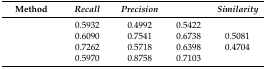
<table><thead><tr><td><b>Method</b></td><td><b><i>Recall</i></b></td><td><b><i>Precision</i></b></td><td>[EMPTY_CELL]</td><td><b><i>Similarity</i></b></td></tr></thead><tbody><tr><td>[EMPTY_CELL]</td><td>0.5932</td><td>0.4992</td><td>0.5422</td><td>[EMPTY_CELL]</td></tr><tr><td>[EMPTY_CELL]</td><td>0.6090</td><td>0.7541</td><td>0.6738</td><td>0.5081</td></tr><tr><td>[EMPTY_CELL]</td><td>0.7262</td><td>0.5718</td><td>0.6398</td><td>0.4704</td></tr><tr><td>[EMPTY_CELL]</td><td>0.5970</td><td>0.8758</td><td>0.7103</td><td>[EMPTY_CELL]</td></tr></tbody></table>